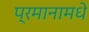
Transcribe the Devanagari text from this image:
प्रमानामधे